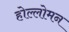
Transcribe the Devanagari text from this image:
होल्लोमन